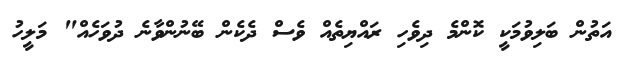
އަތުން ބަލިވުމަކީ ކޮންމެ ދިވެހި ރައްޔިތެއް ވެސް ދެކެން ބޭނުންވާނެ ދުވަހެއް" މަލީހު